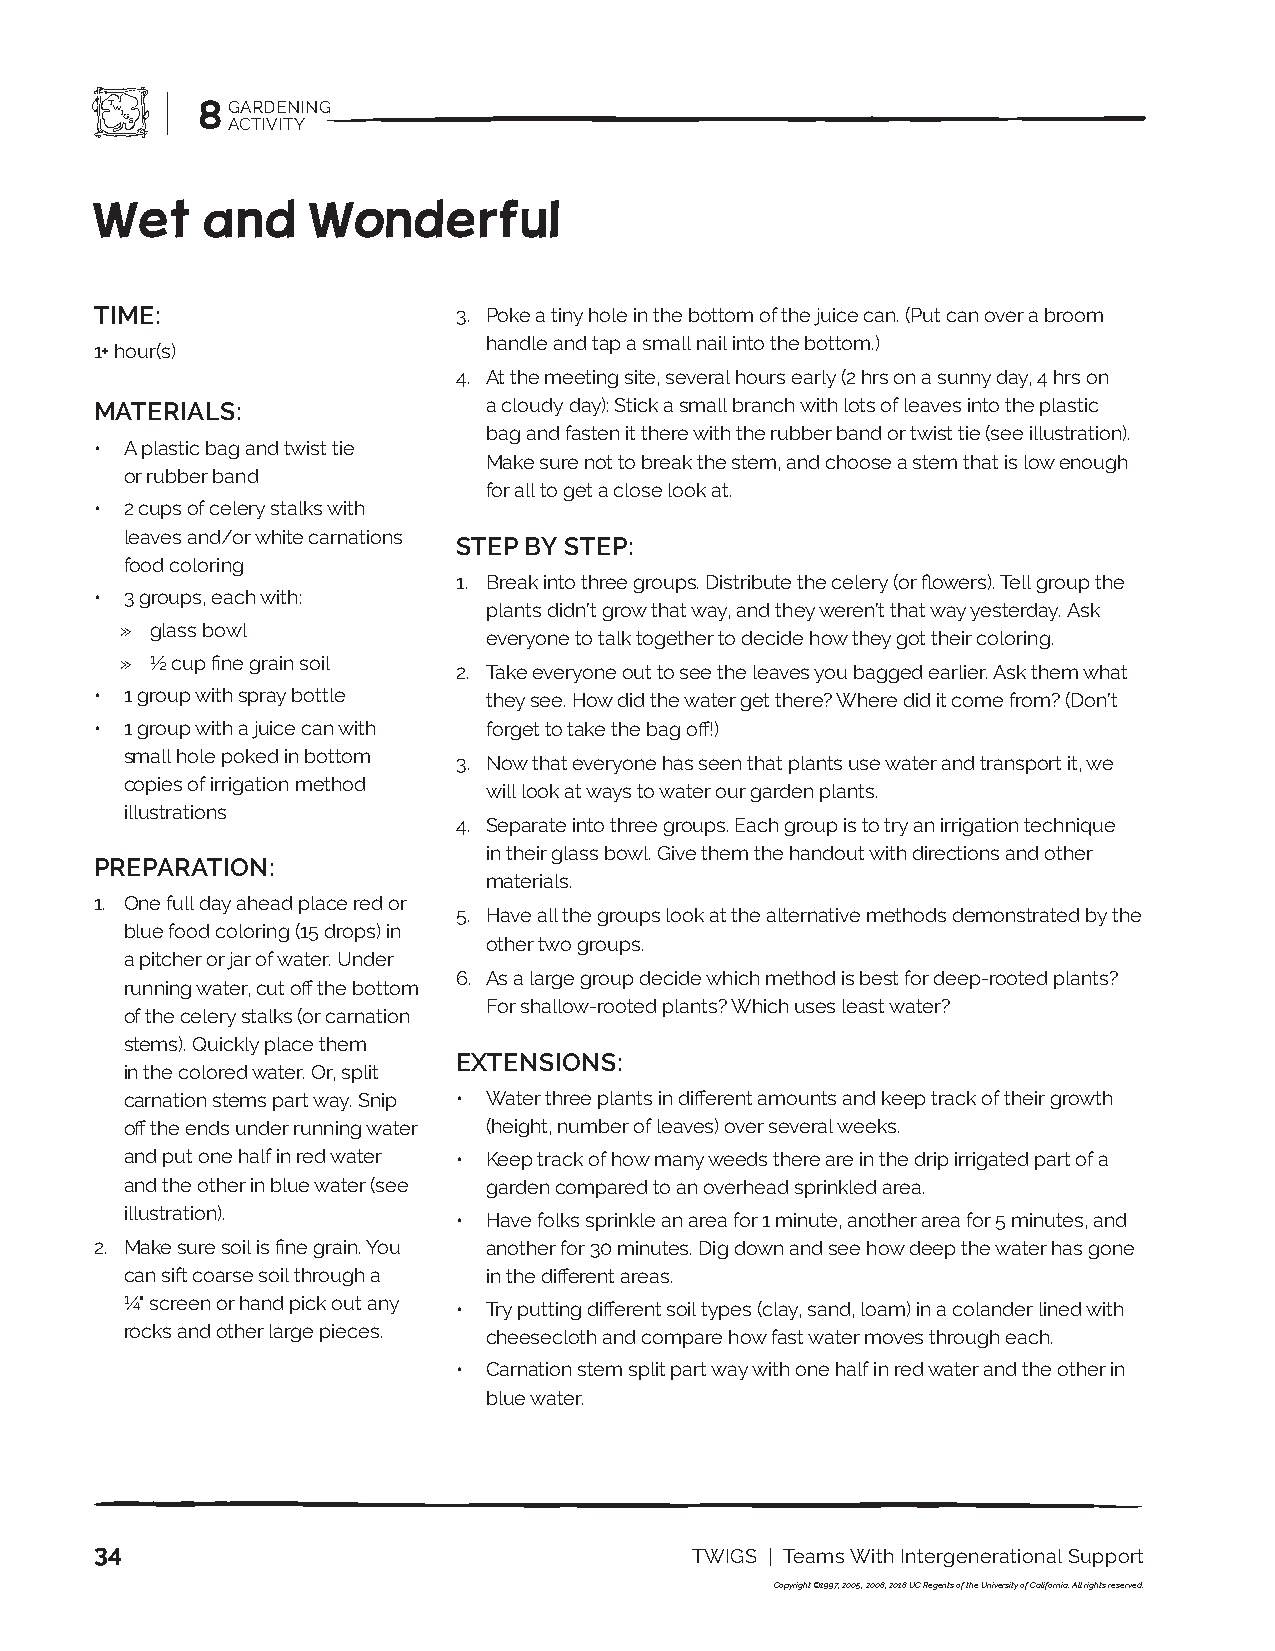
8 GARDENING
 ACTIVITY
 Wet    and     Wonderful
 TIME:                   3. Poke a tiny hole in the bottom of the juice can. (Put can over a broom
 handle and tap a small nail into the bottom.)
 1+ hour(s)
 4. At the meeting site, several hours early (2 hrs on a sunny day, 4 hrs on
 MATERIALS:                a cloudy day): Stick a small branch with lots of leaves into the plastic
 bag and fasten it there with the rubber band or twist tie (see illustration).
 • A plastic bag and twist tie
 Make sure not to break the stem, and choose a stem that is low enough
 or rubber band
 for all to get a close look at.
 • 2 cups of celery stalks with
 leaves and/or white carnations
 STEP BY STEP:
 food coloring
 1. Break into three groups. Distribute the celery (or flowers). Tell group the
 • 3 groups, each with:
 plants didn’t grow that way, and they weren’t that way yesterday. Ask
 » glass bowl
 everyone to talk together to decide how they got their coloring.
 » ½ cup fine grain soil
 2. Take everyone out to see the leaves you bagged earlier. Ask them what
 • 1 group with spray bottle they see. How did the water get there? Where did it come from? (Don’t
 • 1 group with a juice can with forget to take the bag off!)
 small hole poked in bottom
 3. Now that everyone has seen that plants use water and transport it, we
 copies of irrigation method
 will look at ways to water our garden plants.
 illustrations
 4. Separate into three groups. Each group is to try an irrigation technique
 in their glass bowl. Give them the handout with directions and other
 PREPARATION:
 materials.
 1. One full day ahead place red or
 5. Have all the groups look at the alternative methods demonstrated by the
 blue food coloring (15 drops) in
 other two groups.
 a pitcher or jar of water. Under
 6. As a large group decide which method is best for deep-rooted plants?
 running water, cut off the bottom
 For shallow-rooted plants? Which uses least water?
 of the celery stalks (or carnation
 stems). Quickly place them
 EXTENSIONS:
 in the colored water. Or, split
 carnation stems part way. Snip • Water three plants in different amounts and keep track of their growth
 off the ends under running water (height, number of leaves) over several weeks.
 and put one half in red water • Keep track of how many weeds there are in the drip irrigated part of a
 and the other in blue water (see garden compared to an overhead sprinkled area.
 illustration).
 • Have folks sprinkle an area for 1 minute, another area for 5 minutes, and
 2. Make sure soil is fine grain. You another for 30 minutes. Dig down and see how deep the water has gone
 can sift coarse soil through a in the different areas.
 ¼" screen or hand pick out any • Try putting different soil types (clay, sand, loam) in a colander lined with
 rocks and other large pieces. cheesecloth and compare how fast water moves through each.
 • Carnation stem split part way with one half in red water and the other in
 blue water.
 34                                      TWIGS | Teams With Intergenerational Support
 Copyright ©1997, 2005, 2008, 2018 UC Regents of the University of California. All rights reserved.